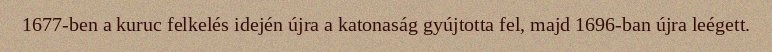
1677-ben a kuruc felkelés idején újra a katonaság gyújtotta fel, majd 1696-ban újra leégett.